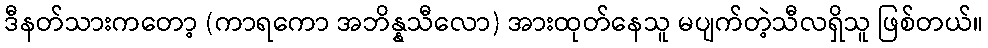
ဒီနတ်သားကတော့ (ကာရကော အဘိန္နသီလော) အားထုတ်နေသူ မပျက်တဲ့သီလရှိသူ ဖြစ်တယ်။